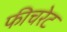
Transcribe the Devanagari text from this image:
फीचरेट